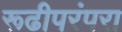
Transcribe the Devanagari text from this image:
रूढीपरंपरा